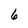
Character: 6